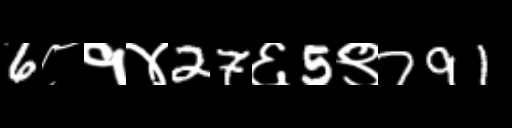
Text: 6८१४27६5९791